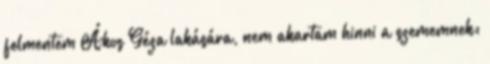
felmentem Ákos Géza lakására, nem akartam hinni a szememnek: